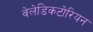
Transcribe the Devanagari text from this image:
वेलेडिकटोरियन